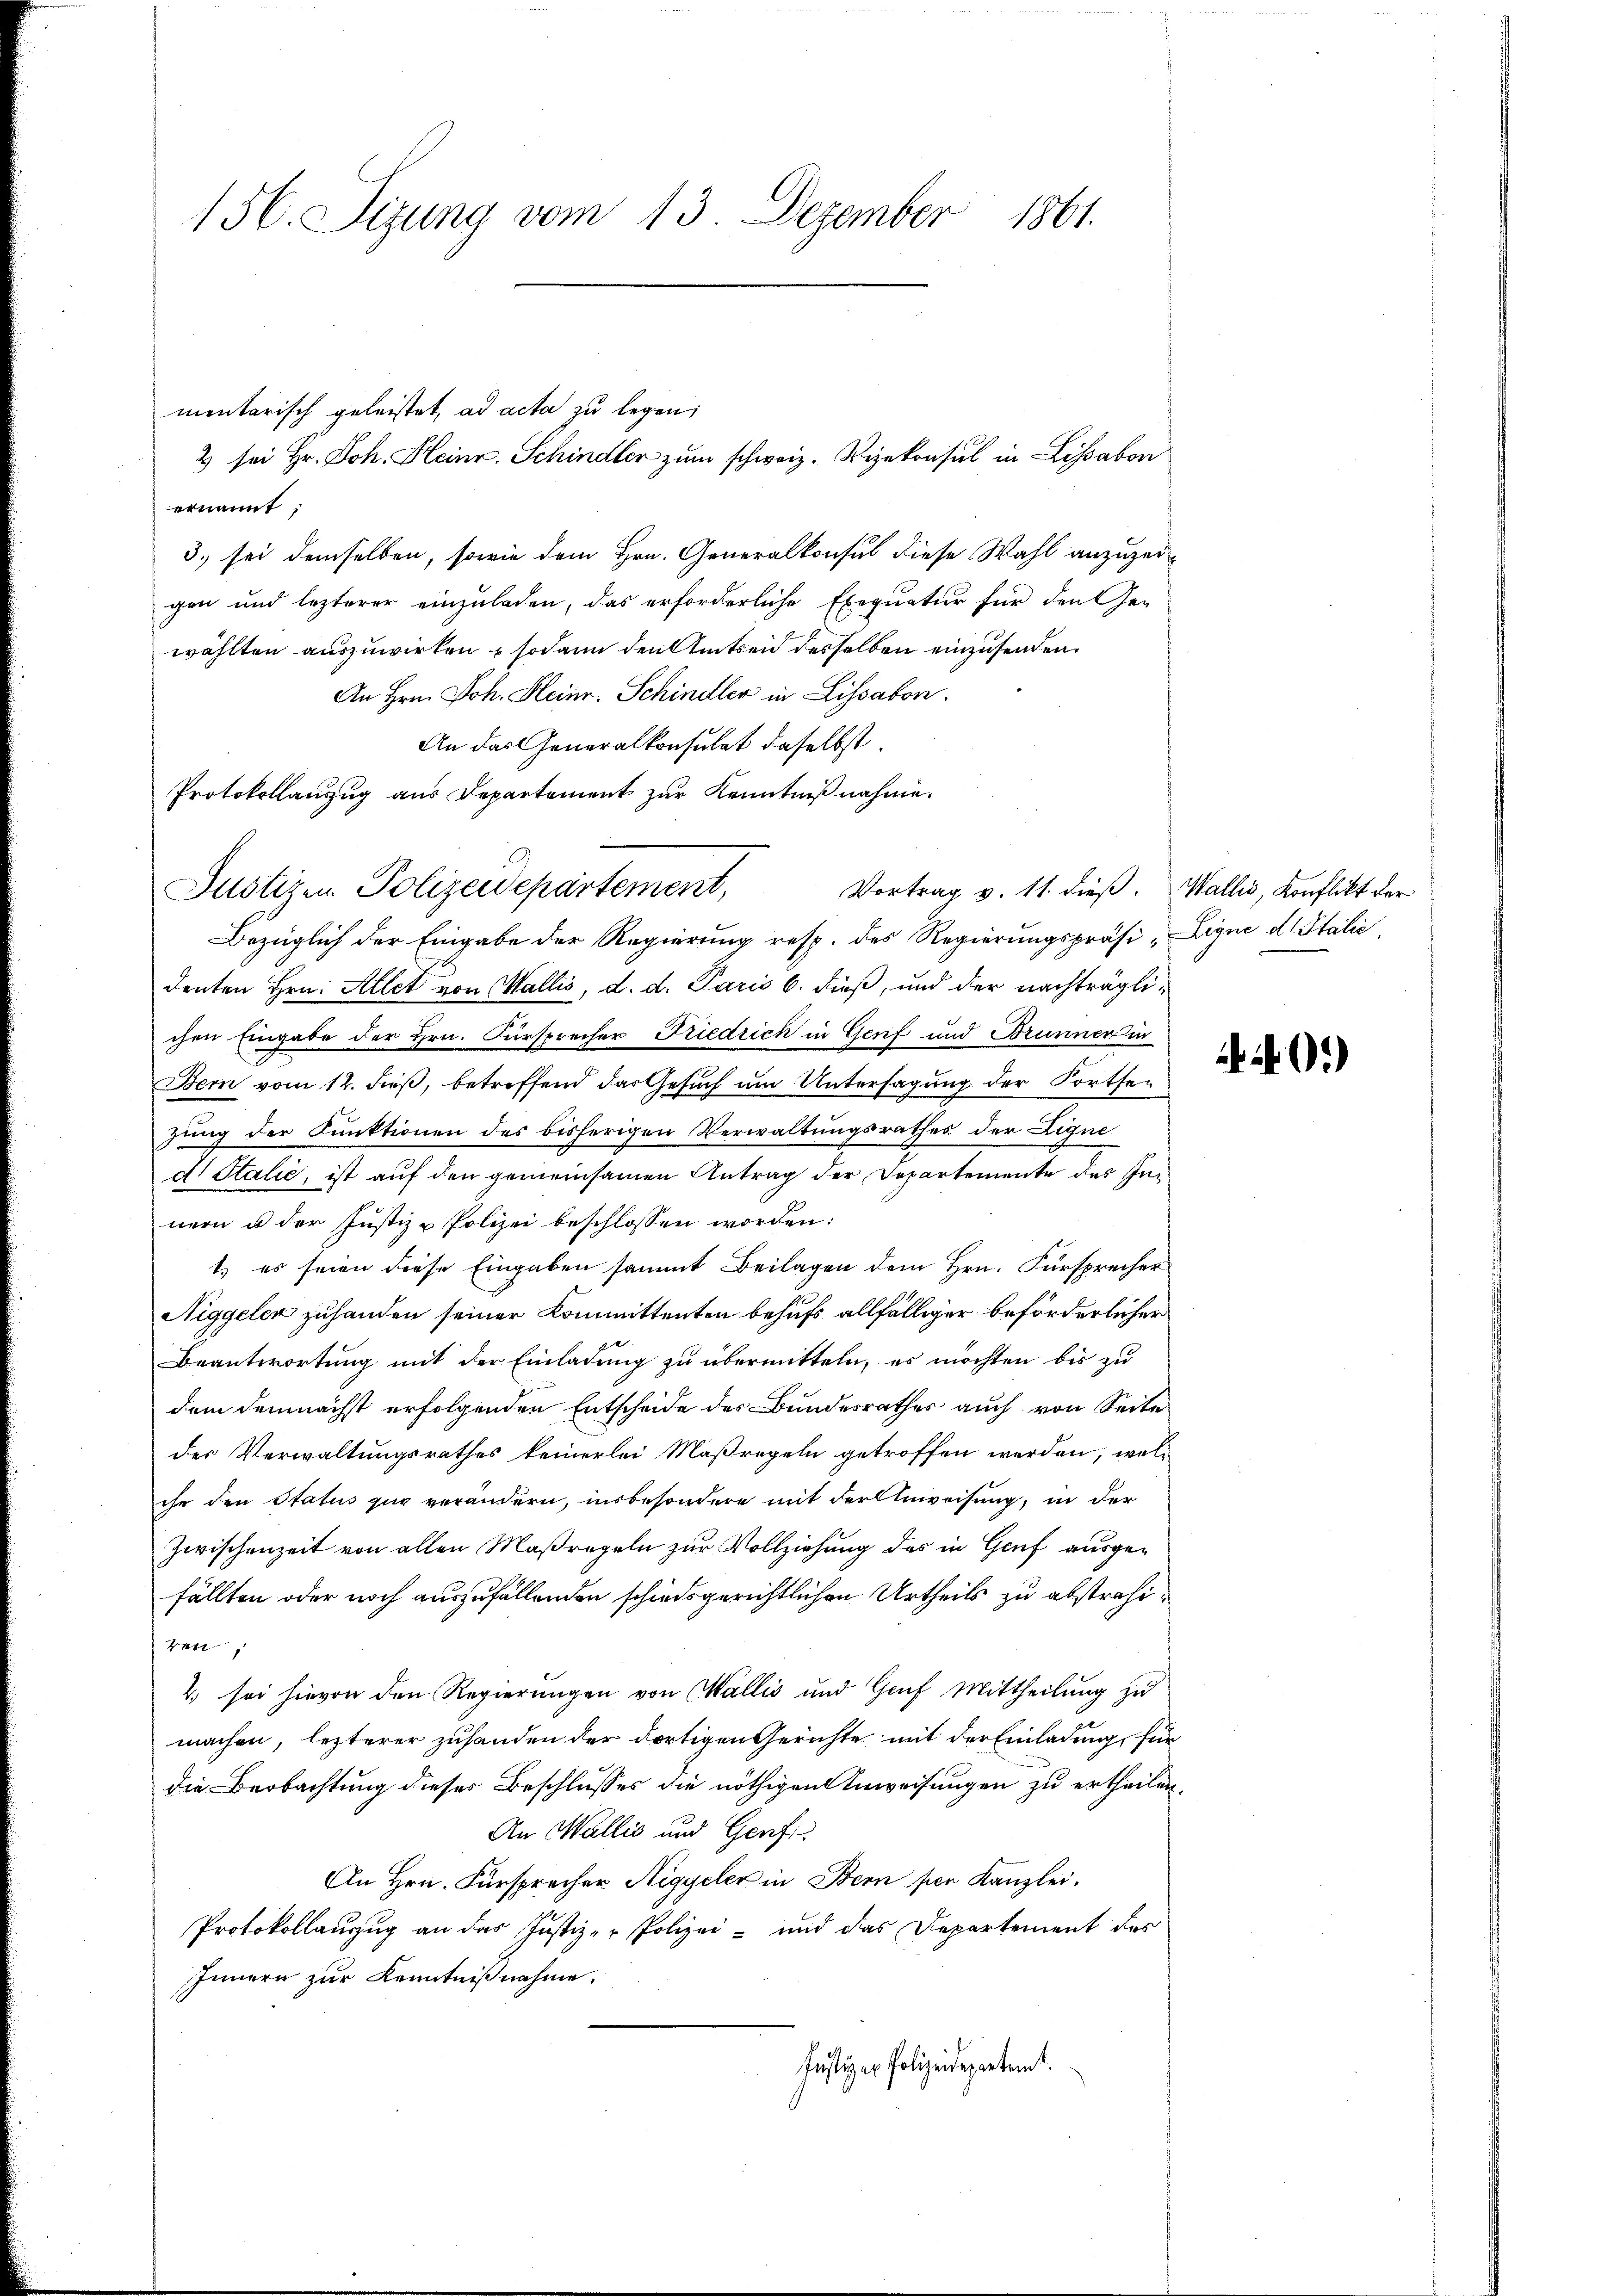
mentarisch geleistet ad acta zu legen;
3 sei Hr. Joh. Heinr. Schindler zum schweiz. Vizekonsul in Lissabon
ernannt
3. sei demselben, sowie dem Hrn. Generalkonsul diese Wahl anzuzeigen und lezterer einzuladen, das erforderliche Exequatur für den Ge-
wählten auszuwirken, sodann den Amtseid desselben einzusenden.
An Hrn. Joh. Heinr. Schindler in Lissabon.
An das Generalkonsulat daselbst.
Protokollanzug aus Departement zur Kenntnißnahme.
Bezüglich der Eingabe der Regierung resp. des Regierungspräsi-Ligni d. Stalić
denten Hrn. Allet von Wallis, d. d. Paris b. dieß, und der nachträglichen Eingabe der Hrn. Fürsprecher Friedrich in Genf und Brunner in
Bern vom 12. dieß, betreffend das Gesuch um Untersagung der Fortsezung der Funktionen des bisherigen Verwaltungsrathes der Ligne
d Stalie, ist auf den gemeinsamen Antrag der Departemente des Innern u der Justiz - Polizei beschlossen worden:
1.) es seien diese Eingaben sammt Beilagen dem Hrn. Fürsprecher
Niggelen zuhanden seiner Kommittenten behufs allfälliger beförderlicher
Beantwortung mit der Einladung zu übermitteln, es möchten bis zu
dem demnächst erfolgenden Entscheide des Bundesrathes auch von Seite
des Verwaltungsrathes keinerlei Maßregeln getroffen werden, welche den Status zur verändern, insbesondere mit der Anweisung, in der
Zwischenzeit von allen Maßregeln zur Vollziehung des in Genf ausgefällten oder noch auszufallenden schiedsgerichtlichen Urtheils zu abstrahiren,
2) sei hievon den Regierungen von Wallis und Genf Mittheilung zu
machen, lezterer zuhanden der dortigen Gerichte mit der Einladung, für
die Beobachtung dieses Beschlusses die nöthigen Anweisungen zu ertheilen.
An Wallis und Genf
An Hrn. Fürsprecher Niggeler in Bern per Kanzlei.
Protokollauszug an das Justiz- & Polizei- und das Departement des
Innern zur Kenntnißnahme.
Justiger Polizeidepartamt.

156. Sizung vom 13. Dezember 1861.

Justizen Polizeidepartement,

Vortrag v. 11. dieß. Wallis, Konflikt der

)